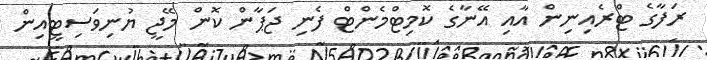
ރަފާގެ ޓްރެއިނިން އާއި އޭނާގެ ކޮމިޓްމެންޓް ފެނި ޖަޕާން ކޮން މޭޖީ ޔުނިވަސިޓީއިން